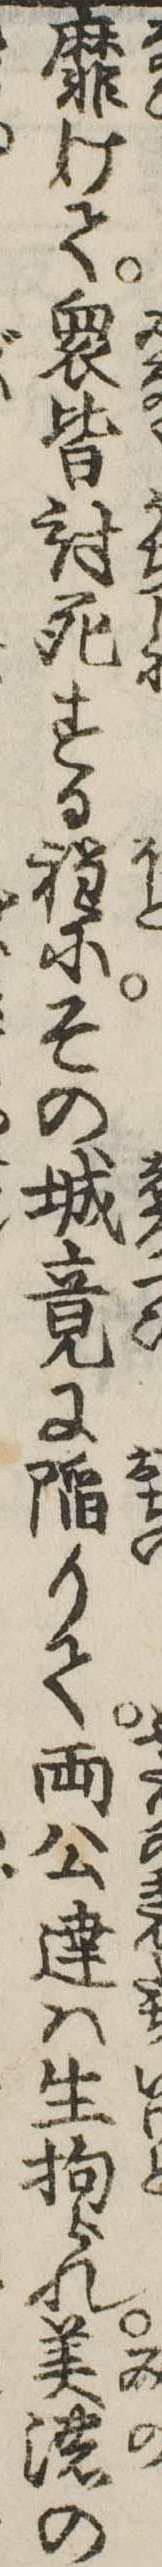
靡けて衆皆討死する程にその城竟に陥りて両公達は生拘られ美濃の